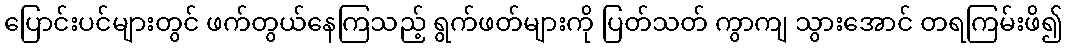
ပြောင်းပင်များတွင် ဖက်တွယ်နေကြသည့် ရွက်ဖတ်များကို ပြတ်သတ် ကွာကျ သွားအောင် တရကြမ်းဖိ၍